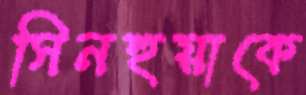
সিনহুয়াকে